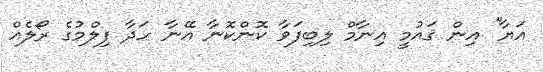
އަޔާ'' އިން ޤައުމީ އިނާމް ލިބިފަވާ ކޮންކޮނާ އޭނާ ހަދާ ފިލްމުގެ ރޯލެއް